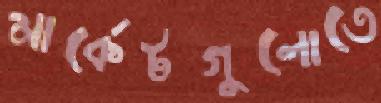
মার্কেটগুলোতে